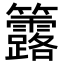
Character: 𥸐